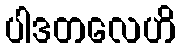
ပါဒတလေဟိ